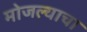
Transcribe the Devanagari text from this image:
मोजल्याचा